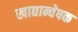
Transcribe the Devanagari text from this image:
खाद्यान्वेषक